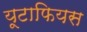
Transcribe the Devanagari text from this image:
यूटाफियस